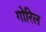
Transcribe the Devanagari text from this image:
गोरिल